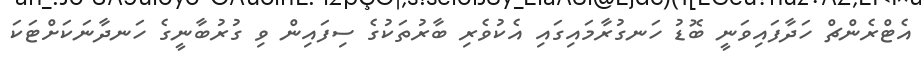
އެޓްރެންޗް ހަދާފައިވަނީ ބޮޑު ހަނގުރާމައިގައި އެކުވެރި ބާރުތަކުގެ ސިފައިން ވި ގުރުބާނީގެ ހަނދާނަކަށްޓަކަ